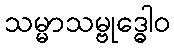
သမ္မာသမ္ဗုဒ္ဓေါဝ